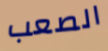
الصعب